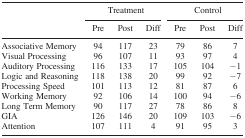
<table><thead><tr><td rowspan="2"></td><td colspan="3"><b>Treatment</b></td><td colspan="3"><b>Control</b></td></tr><tr><td><b>Pre</b></td><td><b>Post</b></td><td><b>Diff</b></td><td><b>Pre</b></td><td><b>Post</b></td><td><b>Diff</b></td></tr></thead><tbody><tr><td>Associative Memory</td><td>94</td><td>117</td><td>23</td><td>79</td><td>86</td><td>7</td></tr><tr><td>Visual Processing</td><td>96</td><td>107</td><td>11</td><td>93</td><td>97</td><td>4</td></tr><tr><td>Auditory Processing</td><td>116</td><td>133</td><td>17</td><td>105</td><td>104</td><td>−1</td></tr><tr><td>Logic and Reasoning</td><td>118</td><td>138</td><td>20</td><td>99</td><td>92</td><td>−7</td></tr><tr><td>Processing Speed</td><td>101</td><td>113</td><td>12</td><td>81</td><td>87</td><td>6</td></tr><tr><td>Working Memory</td><td>92</td><td>106</td><td>14</td><td>100</td><td>94</td><td>−6</td></tr><tr><td>Long Term Memory</td><td>90</td><td>117</td><td>27</td><td>78</td><td>86</td><td>8</td></tr><tr><td>GIA</td><td>126</td><td>146</td><td>20</td><td>109</td><td>103</td><td>−6</td></tr><tr><td>Attention</td><td>107</td><td>111</td><td>4</td><td>91</td><td>95</td><td>3</td></tr></tbody></table>